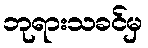
ဘုရားသခင်မှ